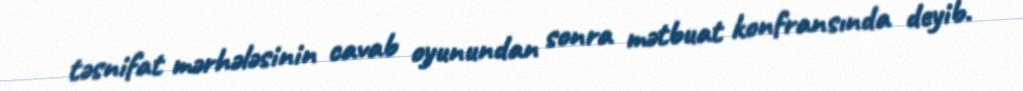
təsnifat mərhələsinin cavab oyunundan sonra mətbuat konfransında deyib.